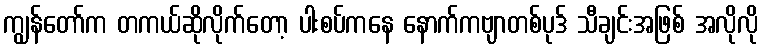
ကျွန်တော်က တကယ်ဆိုလိုက်တော့ ပါးစပ်ကနေ နောက်ကဗျာတစ်ပုဒ် သီချင်းအဖြစ် အလိုလို